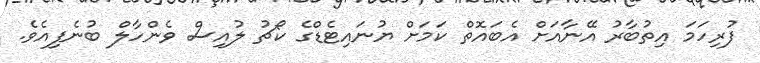
ފުރިހަމަ އިތުބާރު އޭނާއަށް އެބައޮތް ކަމަށް ޔުނައިޓެޑްގެ ކޯޗު ލުއިސް ވެންހާލް ބުނެފިއެވެ.